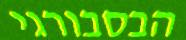
הבסבורגי